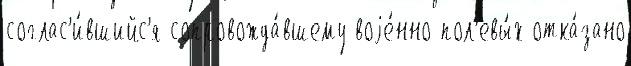
соглас'и́вшийс'я сопровожда́вшему воjе́нно-пол'евы́х отка́зано